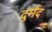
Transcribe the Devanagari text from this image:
दुर्मंद